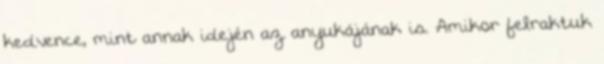
kedvence, mint annak idején az anyukájának is. Amikor felraktuk